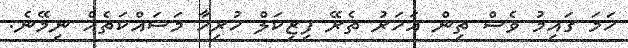
ހަމަ ގައިމު ވެސް ތިން އަހަރު ތެރޭ ފިޒިކަލް ހުރިހާ މަސައްކަތެއް ނިމޭނެ.